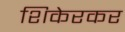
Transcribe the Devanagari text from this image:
शिकेरकर